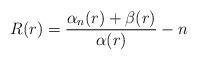
LaTeX: \begin{align*} R(r)=\frac{\alpha_n(r)+\beta(r)}{\alpha(r)}-n \end{align*}